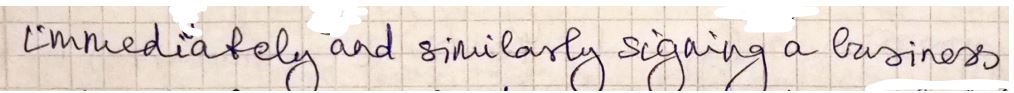
immediately and similarly signing a business